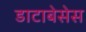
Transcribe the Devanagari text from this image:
डाटाबेसेस